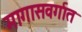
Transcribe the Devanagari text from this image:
मागासवर्गात